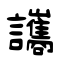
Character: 讗